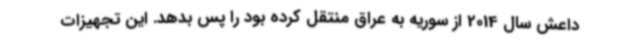
داعش سال 2014 از سوریه به عراق منتقل کرده بود را پس بدهد. این تجهیزات